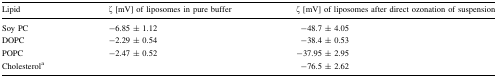
<table><thead><tr><td><b>Lipid</b></td><td><b>ζ [mV] of liposomes in pure buffer</b></td><td><b>ζ [mV] of liposomes after direct ozonation of suspension</b></td></tr></thead><tbody><tr><td>Soy PC</td><td>−6.85 ± 1.12</td><td>−48.7 ± 4.05</td></tr><tr><td>DOPC</td><td>−2.29 ± 0.54</td><td>−38.4 ± 0.53</td></tr><tr><td>POPC</td><td>−2.47 ± 0.52</td><td>−37.95 ± 2.95</td></tr><tr><td>Cholesterol<sup>a</sup></td><td></td><td>−76.5 ± 2.62</td></tr></tbody></table>